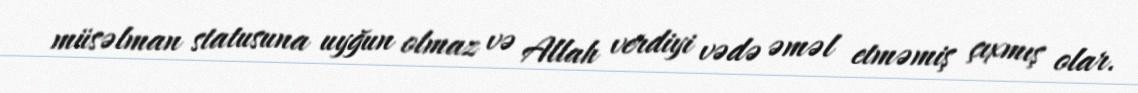
müsəlman statusuna uyğun olmaz və Allah verdiyi vədə əməl etməmiş çıxmış olar.